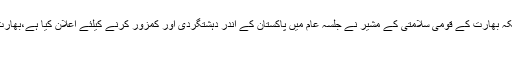
انہوں نے کہا کہ بھارت پاکستان کمزور کرنے کیلئے ہر قسم کی دہشتگردی کر رہا ہے جبکہ بھارت کے قومی سلامتی کے مشیر نے جلسہ عام میں پاکستان کے اندر دہشتگردی اور کمزور کرنے کیلئے اعلان کیا ہے،بھارت کو منہ توڑ جواب دینے کی ضرورت ہے تاکہ آئندہ اس قسم کے واقعات رونما نہ ہوسکیں
tweet پنجاب میں گورنرراج۔